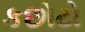
કછોટો